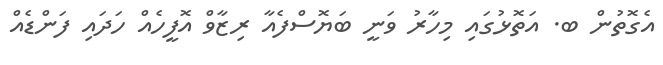
އެގޮތުން ބ. އަތޮޅުގައި މިހާރު ވަނީ ބަޔޮސްފެއާ ރިޒާވް އޮފީހެއް ހަދައި ފަންޑެއް